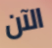
الآن